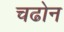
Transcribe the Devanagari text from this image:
चढोन